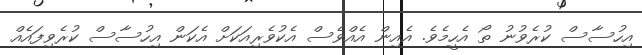
އިހުސާސް ކުރެވުނު ތޯ އެހީމެވެ. އެއިން އެއްވެސް އެކުވެރިއަކަށް އެކަން އިހުސާސް ކުރެވިފައެއް